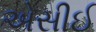
એસીઈ